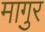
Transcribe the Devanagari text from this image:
मागुर